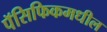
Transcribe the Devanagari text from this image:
पॅसिफिकमधील